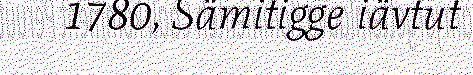
1780, Sämitigge iävtut